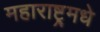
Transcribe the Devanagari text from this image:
महाराष्ट्र्मधे